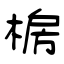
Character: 椖